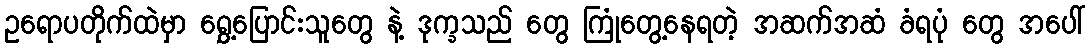
ဥရောပတိုက်ထဲမှာ ရွှေ့ပြောင်းသူတွေ နဲ့ ဒုက္ခသည် တွေ ကြုံတွေ့နေရတဲ့ အဆက်အဆံ ခံရပုံ တွေ အပေါ်